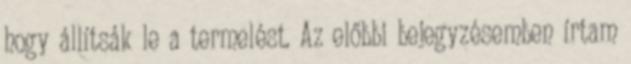
hogy állítsák le a termelést. Az előbbi bejegyzésemben írtam